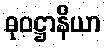
ဓုဝဋ္ဌာနိယာ